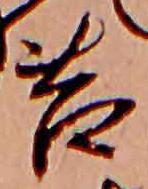
苔